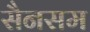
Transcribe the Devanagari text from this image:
सैनसम